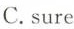
C.sure